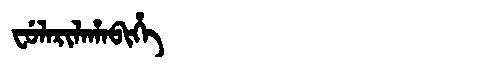
Manchu: ᠸᡠᠯᠠᡵᡳᠯᠠᡥᠠᠪᡳᡥᡝ
Romanization: FULARILAHABIHE